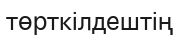
төрткілдештің